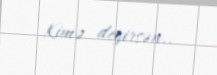
Kimə deyirsən..